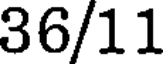
36/11